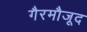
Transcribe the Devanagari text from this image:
गैरमौजूद